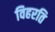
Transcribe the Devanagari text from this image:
विहरति